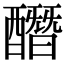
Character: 䤐